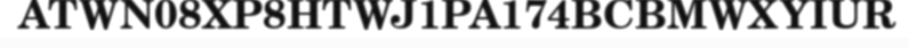
ATWN08XP8HTWJ1PA174BCBMWXYIUR